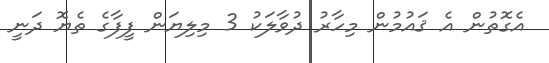
އެގޮތުން އެ ޤައުމުން މިހާރު ދުވާލަކު 3 މިލިޔަން ފީފާގެ ތެޔޮ ދަނީ